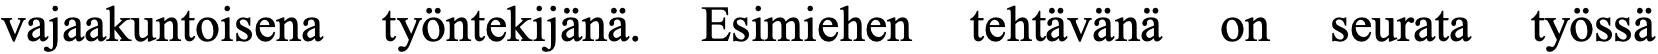
vajaakuntoisena työntekijänä. Esimiehen tehtävänä on seurata työssä